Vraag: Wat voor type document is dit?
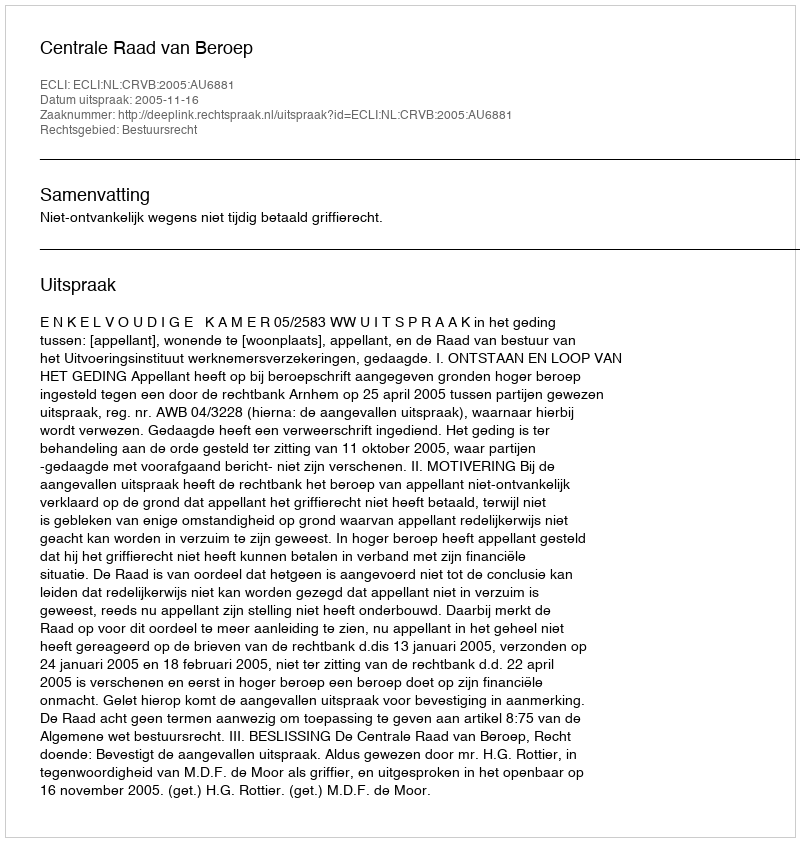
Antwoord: Uitspraak